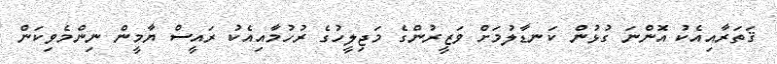
ޤަތަރާއިއެކު އޮންނަ ގުޅުން ކަނޑާލުމަށް ވަޒީރުންގެ މަޖިލީހުގެ ރުހުމާއިއެކު ރައީސް ޔާމީން ނިންމެވިކަން